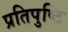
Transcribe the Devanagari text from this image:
प्रतिपुष्‍टि